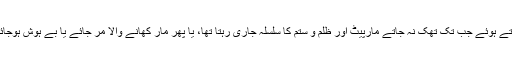
یہ بھوکے بھیڑیے اور وحشی خود مارتے ہوئے جب تک تھک نہ جاتے مارپیٹ اور ظلم و ستم کا سلسلہ جاری رہتا تھا، یا پھر مار کھانے والا مر جائے یا بے ہوش ہوجائے تو ہوش آنے تک یہ سلسلہ رک جاتا۔